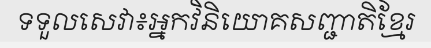
ទទួលសេវា៖អ្នកវិនិយោគសញ្ជាតិខ្មែរ